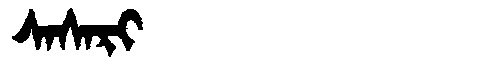
Manchu: ᠰᠠᠰᠠᡵᡳ
Romanization: SASARI